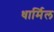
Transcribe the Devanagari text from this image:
धार्मिल